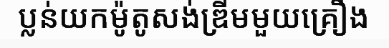
ប្លន់យកម៉ូតូសង់ឌ្រីមមួយគ្រឿង